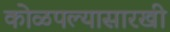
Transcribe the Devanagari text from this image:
कोळपल्यासारखी